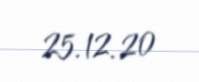
25.12.20